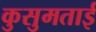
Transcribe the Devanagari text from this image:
कुसुमताई